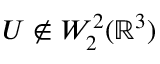
U \not \in W _ { 2 } ^ { 2 } ( { \mathbb R } ^ { 3 } )